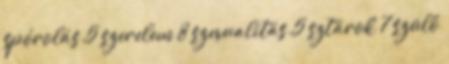
spórolás 5 szerelem 8 szexualitás 5 sztárok 7 szülő